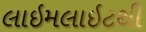
લાઇમલાઇટથી